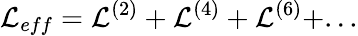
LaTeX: {\cal L}_{eff}={\cal L}^{(2)}+{\cal L}^{(4)}+{\cal L}^{(6)}+...